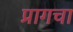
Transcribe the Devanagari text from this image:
प्रागचा